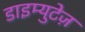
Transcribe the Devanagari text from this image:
डाइम्युटेज़